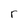
Character: r